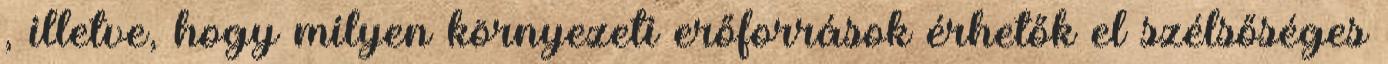
, illetve, hogy milyen környezeti erőforrások érhetők el szélsőséges